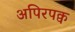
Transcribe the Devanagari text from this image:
अपिरपक्व